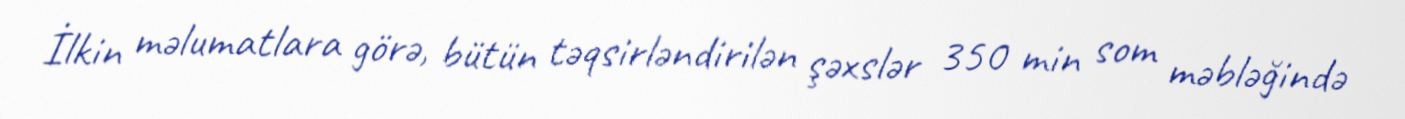
İlkin məlumatlara görə, bütün təqsirləndirilən şəxslər 350 min som məbləğində